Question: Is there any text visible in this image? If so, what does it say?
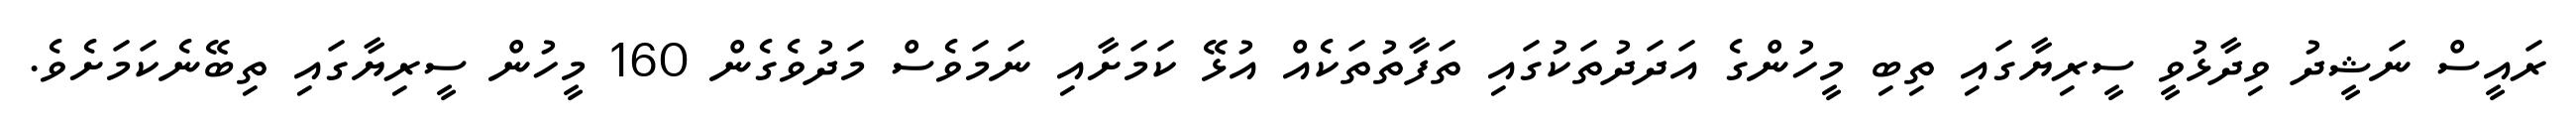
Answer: ރައީސް ނަޝީދު ވިދާޅުވީ ސީރިޔާގައި ތިބި މީހުންގެ އަދަދުތަކުގައި ތަފާތުތަކެއް އުޅޭ ކަމަށާއި ނަމަވެސް މަދުވެގެން 160 މީހުން ސީރިޔާގައި ތިބޭނެކަމަށެވެ.